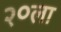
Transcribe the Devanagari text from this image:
२०ला